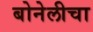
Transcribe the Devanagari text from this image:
बोनेलीचा